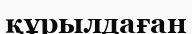
құрылдаған